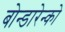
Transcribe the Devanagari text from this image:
बोन्डारेन्को